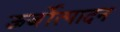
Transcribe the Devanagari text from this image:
ऊर्जोत्पादन